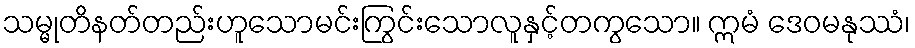
သမ္မုတိနတ်တည်းဟူသောမင်းကြွင်းသောလူနှင့်တကွသော။ ဣမံ ဒေဝမနုဿံ၊